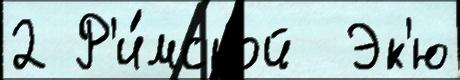
2 Р'и́мской  Эк'ю